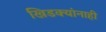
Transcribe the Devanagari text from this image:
खिडक्यांनाही